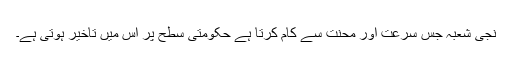
نجی شعبہ جس سرعت اور محنت سے کام کرتا ہے حکومتی سطح پر اس میں تاخیر ہوتی ہے۔